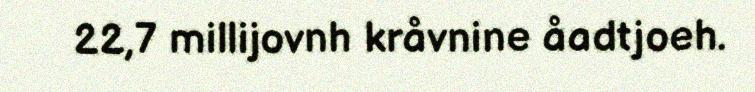
22,7 millijovnh kråvnine åadtjoeh.